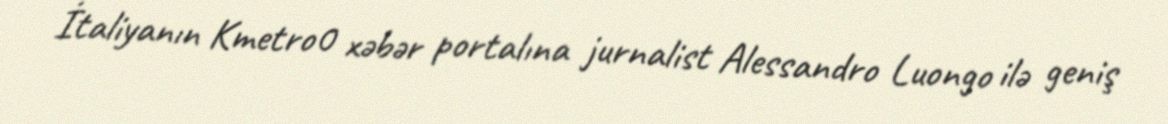
İtaliyanın Kmetro0 xəbər portalına jurnalist Alessandro Luongo ilə geniş